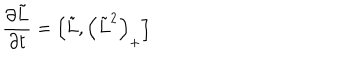
{ \frac { \partial \tilde { L } } { \partial t } } = \left[ \tilde { L } , \left( \tilde { L } ^ { 2 } \right) _ { + } \right]